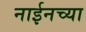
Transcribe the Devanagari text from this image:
नाईनच्या